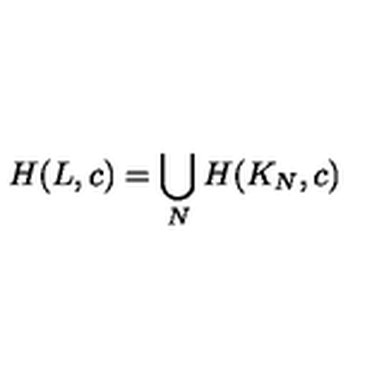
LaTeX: H ( L , c ) = \bigcup _ { N } H ( K _ { N } , c )